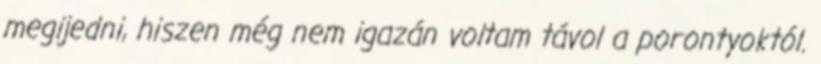
megijedni, hiszen még nem igazán voltam távol a porontyoktól.